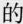
的